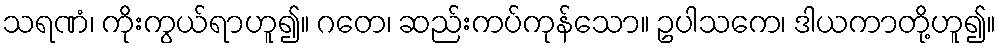
သရဏံ၊ ကိုးကွယ်ရာဟူ၍။ ဂတေ၊ ဆည်းကပ်ကုန်သော။ ဥပါသကေ၊ ဒါယကာတို့ဟူ၍။